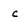
Character: c